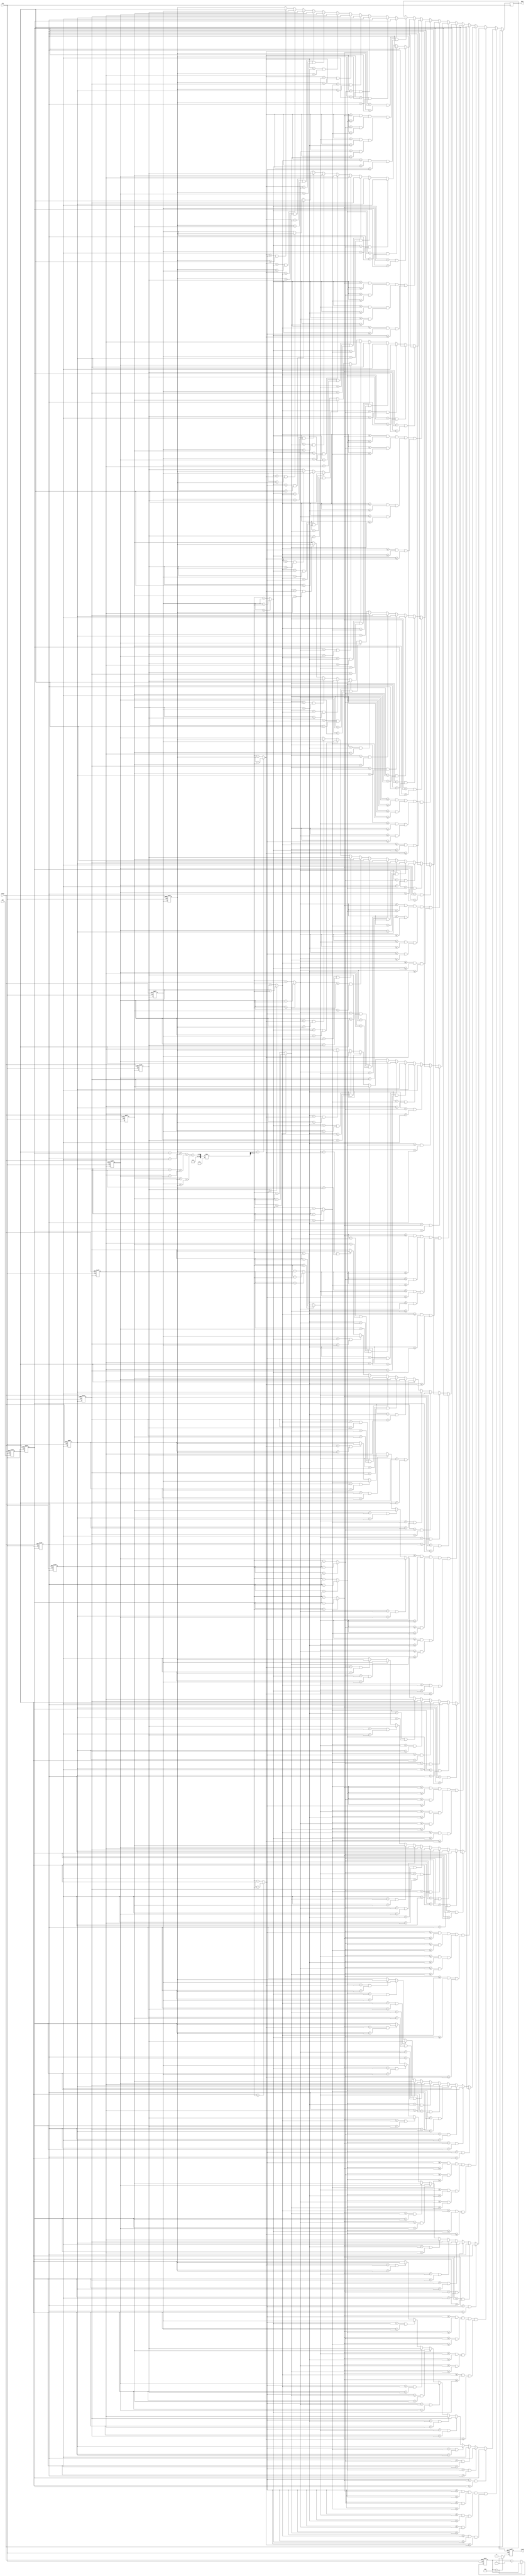
module avg(din, reset, clk, ready, dout);
input reset, clk;
input [15:0] din;
output reg ready;
output reg [15:0] dout;

reg [15:0] buffer[11:0];
reg [3:0] count;

reg [15:0] avg;
reg [15:0] diff[11:0];
integer i;

always @(posedge clk, posedge reset) begin
    if (reset) begin
        count <= 0;
        ready <= 0;
        for(i = 0; i < 12; i = i+1) 
            buffer[i] <= 0;    
    end
    // Prevent latch
    else begin
        if (count == 11) begin
            ready <= 1;
            count <= count;
        end
        else begin
            ready <= 0;
            count <= count + 1;
        end

        for(i = 0; i < 12 - 1; i = i+1) 
            buffer[i + 1] <= buffer[i];

        buffer[0] <= din;

        if(((diff[0] <= diff[1] && diff[0] <= diff[2]) && (diff[0] <= diff[3] && diff[0] <= diff[4])) && 
           ((diff[0] <= diff[5] && diff[0] <= diff[6]) && (diff[0] <= diff[7] && diff[0] <= diff[8])) && 
           ((diff[0] <= diff[9] && diff[0] <= diff[10]) && diff[0] <= diff[11])) begin
            if(diff[0] == diff[1] && buffer[0] > buffer[1])
                dout <= buffer[1];
            else if(diff[0] == diff[2] && buffer[0] > buffer[2])
                dout <= buffer[2];
            else if(diff[0] == diff[3] && buffer[0] > buffer[3])
                dout <= buffer[3];
            else if(diff[0] == diff[4] && buffer[0] > buffer[4])
                dout <= buffer[4];
            else if(diff[0] == diff[5] && buffer[0] > buffer[5])
                dout <= buffer[5];
            else if(diff[0] == diff[6] && buffer[0] > buffer[6])
                dout <= buffer[6];
            else if(diff[0] == diff[7] && buffer[0] > buffer[7])
                dout <= buffer[7];
            else if(diff[0] == diff[8] && buffer[0] > buffer[8])
                dout <= buffer[8];
            else if(diff[0] == diff[9] && buffer[0] > buffer[9])
                dout <= buffer[9];
            else if(diff[0] == diff[10] && buffer[0] > buffer[10])
                dout <= buffer[10];
            else if(diff[0] == diff[11] && buffer[0] > buffer[11])
                dout <= buffer[11];
            else
                dout <= buffer[0];
        end
        else if(((diff[1] <= diff[0] && diff[1] <= diff[2]) && (diff[1] <= diff[3] && diff[1] <= diff[4])) && 
           ((diff[1] <= diff[5] && diff[1] <= diff[6]) && (diff[1] <= diff[7] && diff[1] <= diff[8])) && 
           ((diff[1] <= diff[9] && diff[1] <= diff[10]) && diff[1] <= diff[11])) begin
            if(diff[1] == diff[0] && buffer[1] > buffer[0])
                dout <= buffer[0];
            else if(diff[1] == diff[2] && buffer[1] > buffer[2])
                dout <= buffer[2];
            else if(diff[1] == diff[3] && buffer[1] > buffer[3])
                dout <= buffer[3];
            else if(diff[1] == diff[4] && buffer[1] > buffer[4])
                dout <= buffer[4];
            else if(diff[1] == diff[5] && buffer[1] > buffer[5])
                dout <= buffer[5];
            else if(diff[1] == diff[6] && buffer[1] > buffer[6])
                dout <= buffer[6];
            else if(diff[1] == diff[7] && buffer[1] > buffer[7])
                dout <= buffer[7];
            else if(diff[1] == diff[8] && buffer[1] > buffer[8])
                dout <= buffer[8];
            else if(diff[1] == diff[9] && buffer[1] > buffer[9])
                dout <= buffer[9];
            else if(diff[1] == diff[10] && buffer[1] > buffer[10])
                dout <= buffer[10];
            else if(diff[1] == diff[11] && buffer[1] > buffer[11])
                dout <= buffer[11];
            else
                dout <= buffer[1];
        end
        else if(((diff[2] <= diff[0] && diff[2] <= diff[1]) && (diff[2] <= diff[3] && diff[2] <= diff[4])) && 
           ((diff[2] <= diff[5] && diff[2] <= diff[6]) && (diff[2] <= diff[7] && diff[2] <= diff[8])) && 
           ((diff[2] <= diff[9] && diff[2] <= diff[10]) && diff[2] <= diff[11])) begin
            if(diff[2] == diff[0] && buffer[2] > buffer[0])
                dout <= buffer[0];
            else if(diff[2] == diff[1] && buffer[2] > buffer[1])
                dout <= buffer[1];
            else if(diff[2] == diff[3] && buffer[2] > buffer[3])
                dout <= buffer[3];
            else if(diff[2] == diff[4] && buffer[2] > buffer[4])
                dout <= buffer[4];
            else if(diff[2] == diff[5] && buffer[2] > buffer[5])
                dout <= buffer[5];
            else if(diff[2] == diff[6] && buffer[2] > buffer[6])
                dout <= buffer[6];
            else if(diff[2] == diff[7] && buffer[2] > buffer[7])
                dout <= buffer[7];
            else if(diff[2] == diff[8] && buffer[2] > buffer[8])
                dout <= buffer[8];
            else if(diff[2] == diff[9] && buffer[2] > buffer[9])
                dout <= buffer[9];
            else if(diff[2] == diff[10] && buffer[2] > buffer[10])
                dout <= buffer[10];
            else if(diff[2] == diff[11] && buffer[2] > buffer[11])
                dout <= buffer[11];
            else
                dout <= buffer[2];
        end
        else if(((diff[3] <= diff[0] && diff[3] <= diff[1]) && (diff[3] <= diff[2] && diff[3] <= diff[4])) && 
           ((diff[3] <= diff[5] && diff[3] <= diff[6]) && (diff[3] <= diff[7] && diff[3] <= diff[8])) && 
           ((diff[3] <= diff[9] && diff[3] <= diff[10]) && diff[3] <= diff[11])) begin
            if(diff[3] == diff[1] && buffer[3] > buffer[1])
                dout <= buffer[0];
            else if(diff[3] == diff[2] && buffer[3] > buffer[2])
                dout <= buffer[1];
            else if(diff[3] == diff[0] && buffer[3] > buffer[0])
                dout <= buffer[2];
            else if(diff[3] == diff[4] && buffer[3] > buffer[4])
                dout <= buffer[4];
            else if(diff[3] == diff[5] && buffer[3] > buffer[5])
                dout <= buffer[5];
            else if(diff[3] == diff[6] && buffer[3] > buffer[6])
                dout <= buffer[6];
            else if(diff[3] == diff[7] && buffer[3] > buffer[7])
                dout <= buffer[7];
            else if(diff[3] == diff[8] && buffer[3] > buffer[8])
                dout <= buffer[8];
            else if(diff[3] == diff[9] && buffer[3] > buffer[9])
                dout <= buffer[9];
            else if(diff[3] == diff[10] && buffer[3] > buffer[10])
                dout <= buffer[10];
            else if(diff[3] == diff[11] && buffer[3] > buffer[11])
                dout <= buffer[11];
            else
                dout <= buffer[3];
        end
        else if(((diff[4] <= diff[1] && diff[4] <= diff[2]) && (diff[4] <= diff[3] && diff[4] <= diff[0])) && 
           ((diff[4] <= diff[5] && diff[4] <= diff[6]) && (diff[4] <= diff[7] && diff[4] <= diff[8])) && 
           ((diff[4] <= diff[9] && diff[4] <= diff[10]) && diff[4] <= diff[11])) begin
            if(diff[4] == diff[1] && buffer[4] > buffer[1])
                dout <= buffer[1];
            else if(diff[4] == diff[2] && buffer[4] > buffer[2])
                dout <= buffer[2];
            else if(diff[4] == diff[3] && buffer[4] > buffer[3])
                dout <= buffer[3];
            else if(diff[4] == diff[0] && buffer[4] > buffer[0])
                dout <= buffer[0];
            else if(diff[4] == diff[5] && buffer[4] > buffer[5])
                dout <= buffer[5];
            else if(diff[4] == diff[6] && buffer[4] > buffer[6])
                dout <= buffer[6];
            else if(diff[4] == diff[7] && buffer[4] > buffer[7])
                dout <= buffer[7];
            else if(diff[4] == diff[8] && buffer[4] > buffer[8])
                dout <= buffer[8];
            else if(diff[4] == diff[9] && buffer[4] > buffer[9])
                dout <= buffer[9];
            else if(diff[4] == diff[10] && buffer[4] > buffer[10])
                dout <= buffer[10];
            else if(diff[4] == diff[11] && buffer[4] > buffer[11])
                dout <= buffer[11];
            else
                dout <= buffer[4];
        end
        else if(((diff[5] <= diff[1] && diff[5] <= diff[2]) && (diff[5] <= diff[3] && diff[5] <= diff[4])) && 
           ((diff[5] <= diff[0] && diff[5] <= diff[6]) && (diff[5] <= diff[7] && diff[5] <= diff[8])) && 
           ((diff[5] <= diff[9] && diff[5] <= diff[10]) && diff[5] <= diff[11])) begin
            if(diff[5] == diff[1] && buffer[5] > buffer[1])
                dout <= buffer[1];
            else if(diff[5] == diff[2] && buffer[5] > buffer[2])
                dout <= buffer[2];
            else if(diff[5] == diff[3] && buffer[5] > buffer[3])
                dout <= buffer[3];
            else if(diff[5] == diff[4] && buffer[5] > buffer[4])
                dout <= buffer[4];
            else if(diff[5] == diff[0] && buffer[5] > buffer[0])
                dout <= buffer[0];
            else if(diff[5] == diff[6] && buffer[5] > buffer[6])
                dout <= buffer[6];
            else if(diff[5] == diff[7] && buffer[5] > buffer[7])
                dout <= buffer[7];
            else if(diff[5] == diff[8] && buffer[5] > buffer[8])
                dout <= buffer[8];
            else if(diff[5] == diff[9] && buffer[5] > buffer[9])
                dout <= buffer[9];
            else if(diff[5] == diff[10] && buffer[5] > buffer[10])
                dout <= buffer[10];
            else if(diff[5] == diff[11] && buffer[5] > buffer[11])
                dout <= buffer[11];
            else
                dout <= buffer[5];
        end
        else if(((diff[6] <= diff[1] && diff[6] <= diff[2]) && (diff[6] <= diff[3] && diff[6] <= diff[4])) && 
           ((diff[6] <= diff[5] && diff[6] <= diff[0]) && (diff[6] <= diff[7] && diff[6] <= diff[8])) && 
           ((diff[6] <= diff[9] && diff[6] <= diff[10]) && diff[6] <= diff[11])) begin
            if(diff[6] == diff[1] && buffer[6] > buffer[1])
                dout <= buffer[1];
            else if(diff[6] == diff[2] && buffer[6] > buffer[2])
                dout <= buffer[2];
            else if(diff[6] == diff[3] && buffer[6] > buffer[3])
                dout <= buffer[3];
            else if(diff[6] == diff[4] && buffer[6] > buffer[4])
                dout <= buffer[4];
            else if(diff[6] == diff[5] && buffer[6] > buffer[5])
                dout <= buffer[5];
            else if(diff[6] == diff[0] && buffer[6] > buffer[0])
                dout <= buffer[0];
            else if(diff[6] == diff[7] && buffer[6] > buffer[7])
                dout <= buffer[7];
            else if(diff[6] == diff[8] && buffer[6] > buffer[8])
                dout <= buffer[8];
            else if(diff[6] == diff[9] && buffer[6] > buffer[9])
                dout <= buffer[9];
            else if(diff[6] == diff[10] && buffer[6] > buffer[10])
                dout <= buffer[10];
            else if(diff[6] == diff[11] && buffer[6] > buffer[11])
                dout <= buffer[11];
            else
                dout <= buffer[6];
        end
        else if(((diff[7] <= diff[1] && diff[7] <= diff[2]) && (diff[7] <= diff[3] && diff[7] <= diff[4])) && 
           ((diff[7] <= diff[5] && diff[7] <= diff[6]) && (diff[7] <= diff[0] && diff[7] <= diff[8])) && 
           ((diff[7] <= diff[9] && diff[7] <= diff[10]) && diff[7] <= diff[11])) begin
            if(diff[7] == diff[1] && buffer[7] > buffer[1])
                dout <= buffer[1];
            else if(diff[7] == diff[2] && buffer[7] > buffer[2])
                dout <= buffer[2];
            else if(diff[7] == diff[3] && buffer[7] > buffer[3])
                dout <= buffer[3];
            else if(diff[7] == diff[4] && buffer[7] > buffer[4])
                dout <= buffer[4];
            else if(diff[7] == diff[5] && buffer[7] > buffer[5])
                dout <= buffer[5];
            else if(diff[7] == diff[6] && buffer[7] > buffer[6])
                dout <= buffer[6];
            else if(diff[7] == diff[0] && buffer[7] > buffer[0])
                dout <= buffer[0];
            else if(diff[7] == diff[8] && buffer[7] > buffer[8])
                dout <= buffer[8];
            else if(diff[7] == diff[9] && buffer[7] > buffer[9])
                dout <= buffer[9];
            else if(diff[7] == diff[10] && buffer[7] > buffer[10])
                dout <= buffer[10];
            else if(diff[7] == diff[11] && buffer[7] > buffer[11])
                dout <= buffer[11];
            else
                dout <= buffer[7];
        end
        else if(((diff[8] <= diff[1] && diff[8] <= diff[2]) && (diff[8] <= diff[3] && diff[8] <= diff[4])) && 
           ((diff[8] <= diff[5] && diff[8] <= diff[6]) && (diff[8] <= diff[7] && diff[8] <= diff[0])) && 
           ((diff[8] <= diff[9] && diff[8] <= diff[10]) && diff[8] <= diff[11])) begin
            if(diff[8] == diff[1] && buffer[8] > buffer[1])
                dout <= buffer[1];
            else if(diff[8] == diff[2] && buffer[8] > buffer[2])
                dout <= buffer[2];
            else if(diff[8] == diff[3] && buffer[8] > buffer[3])
                dout <= buffer[3];
            else if(diff[8] == diff[4] && buffer[8] > buffer[4])
                dout <= buffer[4];
            else if(diff[8] == diff[5] && buffer[8] > buffer[5])
                dout <= buffer[5];
            else if(diff[8] == diff[6] && buffer[8] > buffer[6])
                dout <= buffer[6];
            else if(diff[8] == diff[7] && buffer[8] > buffer[7])
                dout <= buffer[7];
            else if(diff[8] == diff[0] && buffer[8] > buffer[0])
                dout <= buffer[0];
            else if(diff[8] == diff[9] && buffer[8] > buffer[9])
                dout <= buffer[9];
            else if(diff[8] == diff[10] && buffer[8] > buffer[10])
                dout <= buffer[10];
            else if(diff[8] == diff[11] && buffer[8] > buffer[11])
                dout <= buffer[11];
            else
                dout <= buffer[8];
        end
        else if(((diff[9] <= diff[1] && diff[9] <= diff[2]) && (diff[9] <= diff[3] && diff[9] <= diff[4])) && 
           ((diff[9] <= diff[5] && diff[9] <= diff[6]) && (diff[9] <= diff[7] && diff[9] <= diff[8])) && 
           ((diff[9] <= diff[0] && diff[9] <= diff[10]) && diff[9] <= diff[11])) begin
            if(diff[9] == diff[1] && buffer[9] > buffer[1])
                dout <= buffer[1];
            else if(diff[9] == diff[2] && buffer[9] > buffer[2])
                dout <= buffer[2];
            else if(diff[9] == diff[3] && buffer[9] > buffer[3])
                dout <= buffer[3];
            else if(diff[9] == diff[4] && buffer[9] > buffer[4])
                dout <= buffer[4];
            else if(diff[9] == diff[5] && buffer[9] > buffer[5])
                dout <= buffer[5];
            else if(diff[9] == diff[6] && buffer[9] > buffer[6])
                dout <= buffer[6];
            else if(diff[9] == diff[7] && buffer[9] > buffer[7])
                dout <= buffer[7];
            else if(diff[9] == diff[8] && buffer[9] > buffer[8])
                dout <= buffer[8];
            else if(diff[9] == diff[0] && buffer[9] > buffer[0])
                dout <= buffer[0];
            else if(diff[9] == diff[10] && buffer[9] > buffer[10])
                dout <= buffer[10];
            else if(diff[9] == diff[11] && buffer[9] > buffer[11])
                dout <= buffer[11];
            else
                dout <= buffer[9];
        end
        else if(((diff[10] <= diff[1] && diff[10] <= diff[2]) && (diff[10] <= diff[3] && diff[10] <= diff[4])) && 
           ((diff[10] <= diff[5] && diff[10] <= diff[6]) && (diff[10] <= diff[7] && diff[10] <= diff[8])) && 
           ((diff[10] <= diff[9] && diff[10] <= diff[0]) && diff[10] <= diff[11])) begin
            if(diff[10] == diff[1] && buffer[10] > buffer[1])
                dout <= buffer[1];
            else if(diff[10] == diff[2] && buffer[10] > buffer[2])
                dout <= buffer[2];
            else if(diff[10] == diff[3] && buffer[10] > buffer[3])
                dout <= buffer[3];
            else if(diff[10] == diff[4] && buffer[10] > buffer[4])
                dout <= buffer[4];
            else if(diff[10] == diff[5] && buffer[10] > buffer[5])
                dout <= buffer[5];
            else if(diff[10] == diff[6] && buffer[10] > buffer[6])
                dout <= buffer[6];
            else if(diff[10] == diff[7] && buffer[10] > buffer[7])
                dout <= buffer[7];
            else if(diff[10] == diff[8] && buffer[10] > buffer[8])
                dout <= buffer[8];
            else if(diff[10] == diff[9] && buffer[10] > buffer[9])
                dout <= buffer[9];
            else if(diff[10] == diff[0] && buffer[10] > buffer[0])
                dout <= buffer[0];
            else if(diff[10] == diff[11] && buffer[10] > buffer[11])
                dout <= buffer[11];
            else
                dout <= buffer[10];
        end
        else if(((diff[11] <= diff[1] && diff[11] <= diff[2]) && (diff[11] <= diff[3] && diff[11] <= diff[4])) && 
           ((diff[11] <= diff[5] && diff[11] <= diff[6]) && (diff[11] <= diff[7] && diff[11] <= diff[8])) && 
           ((diff[11] <= diff[9] && diff[11] <= diff[10]) && diff[11] <= diff[0])) begin
            if(diff[11] == diff[1] && buffer[11] > buffer[1])
                dout <= buffer[1];
            else if(diff[11] == diff[2] && buffer[11] > buffer[2])
                dout <= buffer[2];
            else if(diff[11] == diff[3] && buffer[11] > buffer[3])
                dout <= buffer[3];
            else if(diff[11] == diff[4] && buffer[11] > buffer[4])
                dout <= buffer[4];
            else if(diff[11] == diff[5] && buffer[11] > buffer[5])
                dout <= buffer[5];
            else if(diff[11] == diff[6] && buffer[11] > buffer[6])
                dout <= buffer[6];
            else if(diff[11] == diff[7] && buffer[11] > buffer[7])
                dout <= buffer[7];
            else if(diff[11] == diff[8] && buffer[11] > buffer[8])
                dout <= buffer[8];
            else if(diff[11] == diff[9] && buffer[11] > buffer[9])
                dout <= buffer[9];
            else if(diff[11] == diff[10] && buffer[11] > buffer[10])
                dout <= buffer[10];
            else if(diff[11] == diff[0] && buffer[11] > buffer[0])
                dout <= buffer[0];
            else
                dout <= buffer[11];
        end
    end

end

always@(*) begin
    // Get avg
    avg = (((buffer[0] + buffer[1]) + (buffer[2] + buffer[3])) + 
               ((buffer[4] + buffer[5]) + (buffer[6] + buffer[7])) + 
               ((buffer[8] + buffer[9]) + (buffer[10] + buffer[11]))) / 12;
    // Calculate diff
    for (i = 0; i < 12; i = i+1) 
        diff[i] = (buffer[i] > avg) ? buffer[i] - avg : avg - buffer[i];

end


endmodule